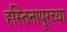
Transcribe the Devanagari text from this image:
हस्तिनापूरच्या